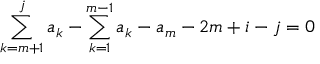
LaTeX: \sum _ { k = m + 1 } ^ { j } a _ { k } - \sum _ { k = 1 } ^ { m - 1 } a _ { k } - a _ { m } - 2 m + i - j = 0